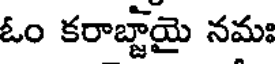
ఓం కరాబ్జాయై నమః